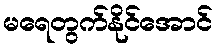
မရေတွက်နိုင်အောင်